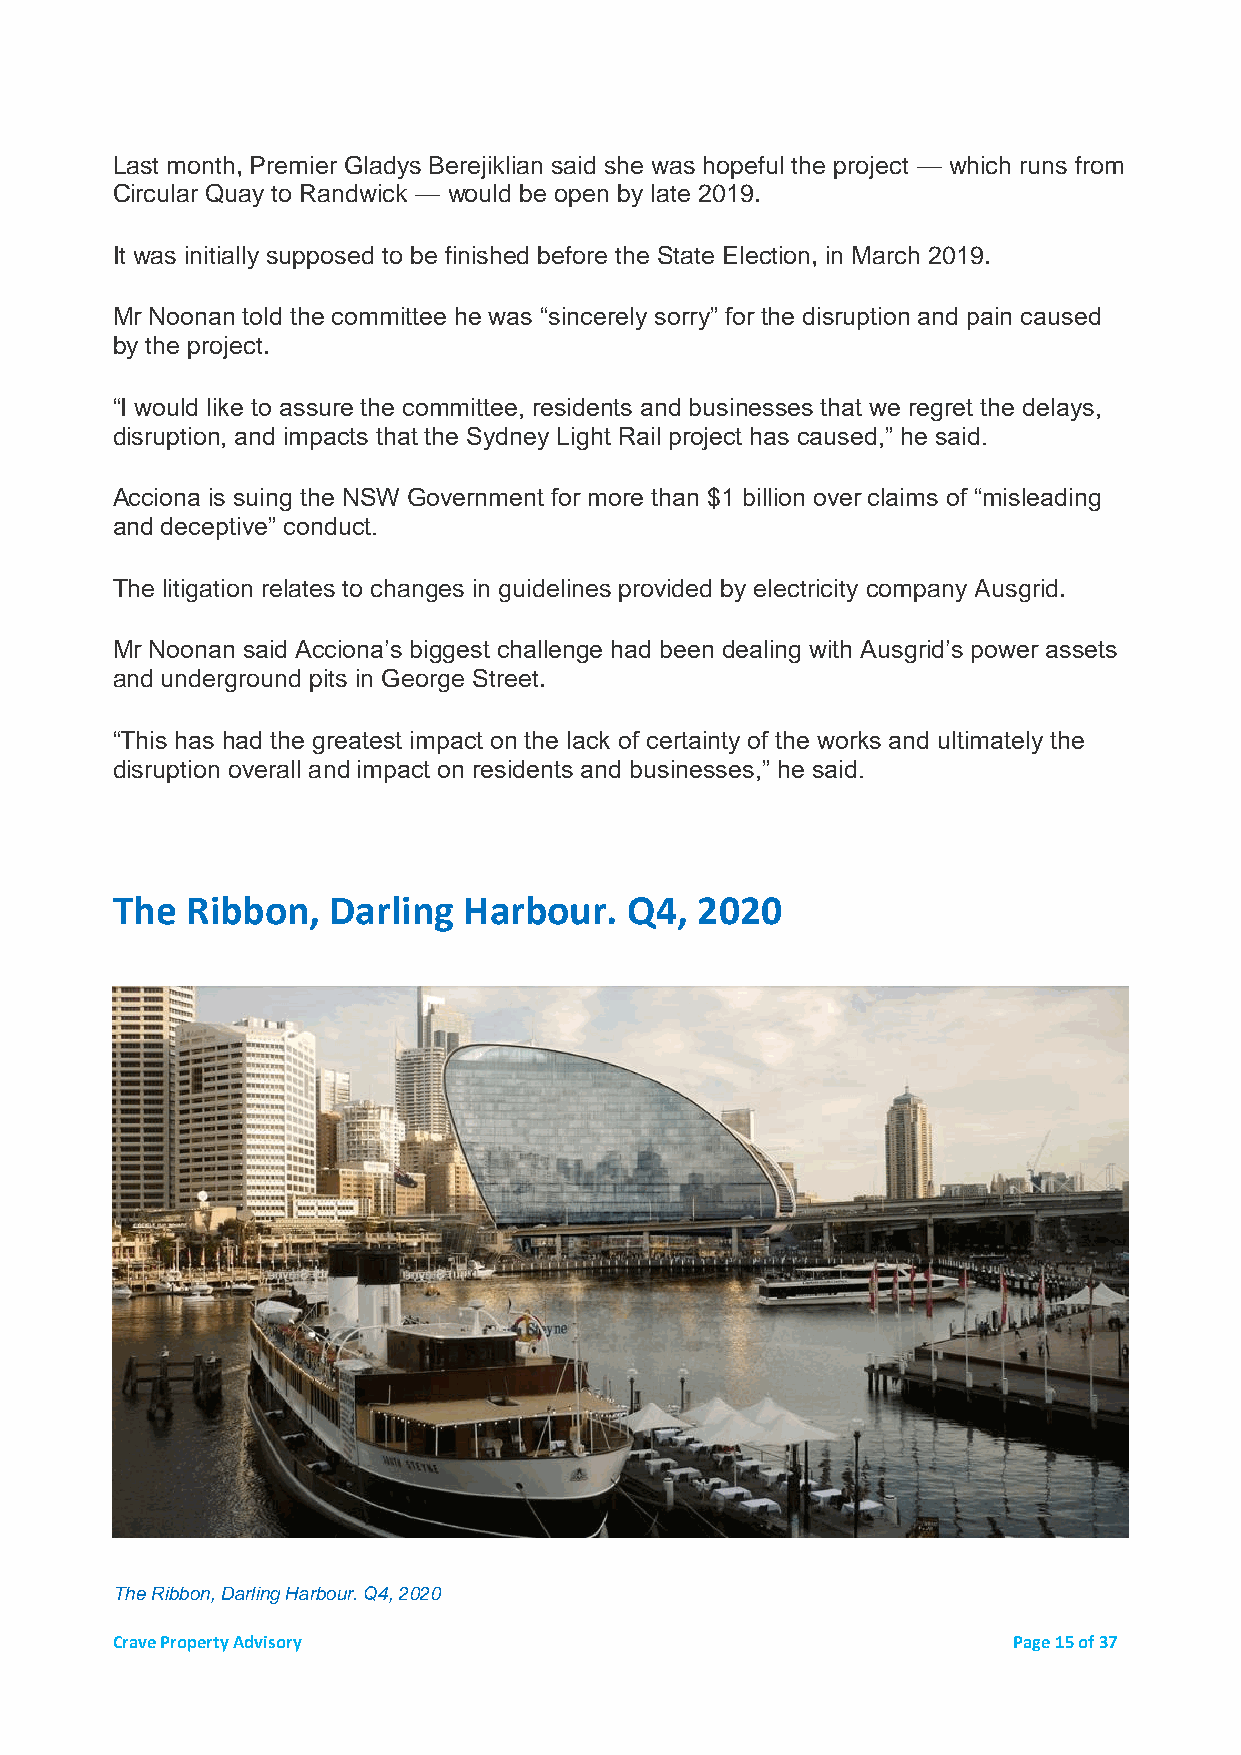
Last month, Premier Gladys Berejiklian said she was hopeful the project — which runs from
 Circular Quay to Randwick — would be open by late 2019.
 It was initially supposed to be finished before the State Election, in March 2019.
 Mr Noonan told the committee he was “sincerely sorry” for the disruption and pain caused
 by the project.
 “I would like to assure the committee, residents and businesses that we regret the delays,
 disruption, and impacts that the Sydney Light Rail project has caused,” he said.
 Acciona is suing the NSW Government for more than $1 billion over claims of “misleading
 and deceptive” conduct.
 The litigation relates to changes in guidelines provided by electricity company Ausgrid.
 Mr Noonan said Acciona’s biggest challenge had been dealing with Ausgrid’s power assets
 and underground pits in George Street.
 “This has had the greatest impact on the lack of certainty of the works and ultimately the
 disruption overall and impact on residents and businesses,” he said.
 The  Ribbon,   Darling  Harbour.   Q4, 2020
 The Ribbon, Darling Harbour. Q4, 2020
 Crave Property Advisory                                     Page 15 of 37